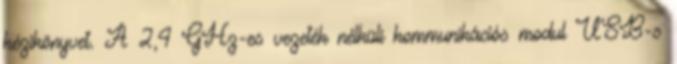
kézikönyvet. A 2,4 GHz-es vezeték nélküli kommunikációs modul USB-s